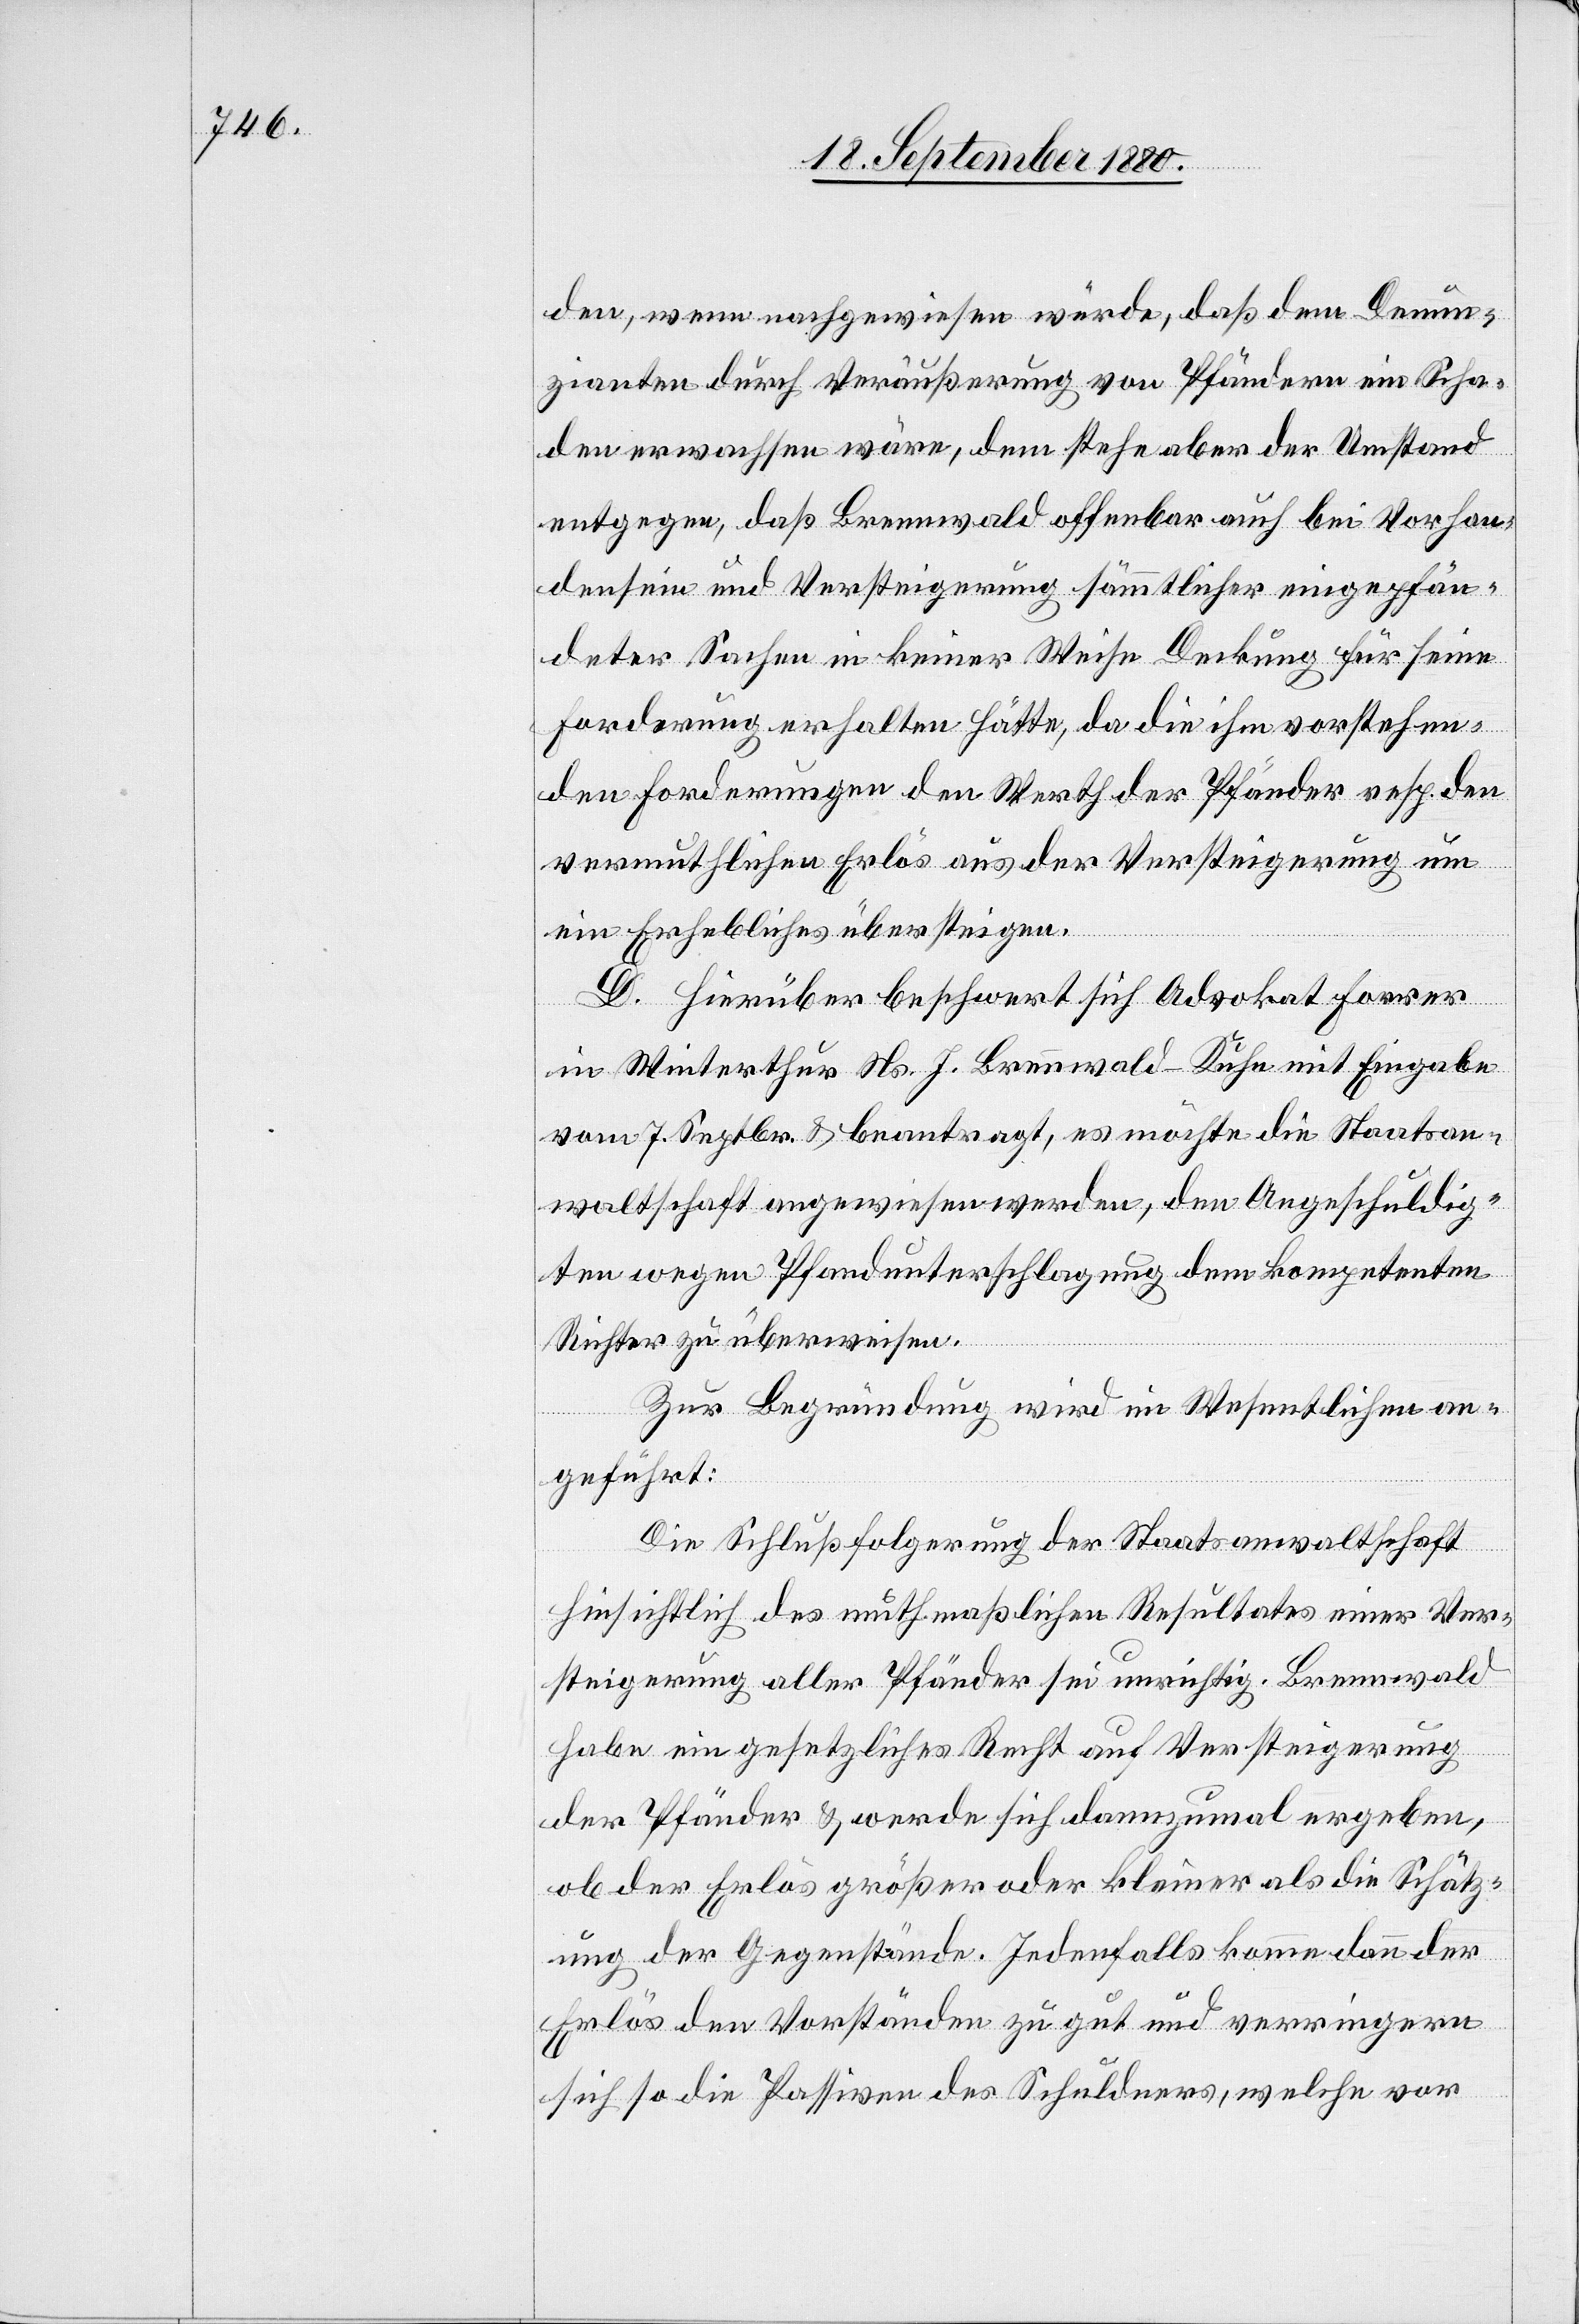
den, wenn nachgewiesen würde, daß dem Denun¬
zianten durch Veräußerung von Pfändern ein Scha¬
den erwachsen wäre, dem stehe aber der Umstand
entgegen, daß Brennwald offenbar auch bei Vorhan¬
densein und Versteigerung sämmtlicher eingepfän¬
deter Sachen in keiner Weise Deckung für seine
Forderung erhalten hätte, da die ihm vorstehen¬
den Forderungen den Werth der Pfänder resp. den
vermuthlichen Erlös aus der Versteigerung um
ein Erhebliches übersteigen.
D. Hierüber beschwert sich Advokat Forrer
in Winterthur Ns. J. Brennwald-Kuhn mit Eingabe
vom 7. Septbr. & beantragt, es möchte die Staatsan¬
waltschaft angewiesen werden, den Angeschuldig¬
ten wegen Pfandunterschlagung dem kompetenten
Richter zu überweisen.
Zur Begründung wird im Wesentlichen an¬
geführt:
Die Schlußfolgerung der Staatsanwaltschaft
hinsichtlich des muthmaßlichen Resultates einer Ver¬
steigerung aller Pfänder sei unrichtig. Brennwald
habe ein gesetzliches Recht auf Versteigerung
der Pfänder & werde sich dannzumal ergeben,
ob der Erlös größer oder kleiner als die Schätz¬
ung der Gegenstände. Jedenfalls komme dann der
Erlös den Vorständen zu gut und verringern
sich so die Passiven des Schuldners, welche vor